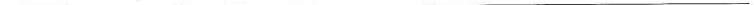
___